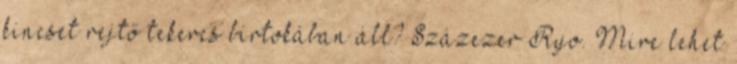
kincset rejtő tekercs birtokában áll? Százezer Ryo. Mire lehet